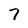
Character: 7